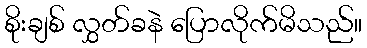
စိုးချစ် လွှတ်ခနဲ ပြောလိုက်မိသည်။